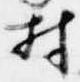
村